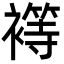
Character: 𮖴